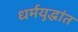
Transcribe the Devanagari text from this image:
धर्मयुद्धांत